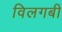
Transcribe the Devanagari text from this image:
विलगबी